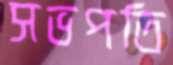
সভপতি